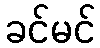
ခင်မင်